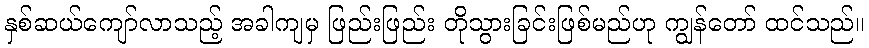
နှစ်ဆယ်ကျော်လာသည့် အခါကျမှ ဖြည်းဖြည်း တိုသွားခြင်းဖြစ်မည်ဟု ကျွန်တော် ထင်သည်။